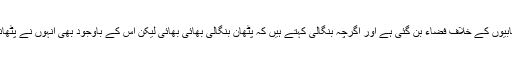
مہاجروں اور پنجابیوں کے خلاف فضاء بن گئی ہے اور اگرچہ بنگالی کہتے ہیں کہ پٹھان بنگالی بھائی بھائی لیکن اس کے باوجود بھی انہوں نے پٹھانوں کو نہیں بخشا۔